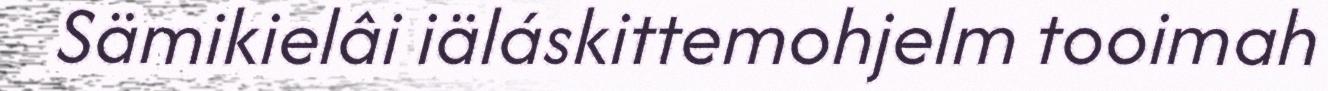
Sämikielâi iäláskittemohjelm tooimah